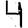
Digit: 4